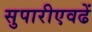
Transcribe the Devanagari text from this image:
सुपारीएवढें